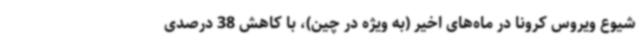
شیوع ویروس کرونا در ماه‌های اخیر (به ویژه در چین)، با کاهش 38 درصدی